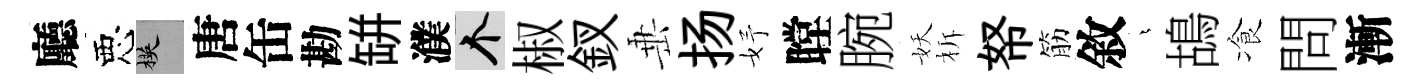
廳惡楧唐缶勘缾濮个椒釵𡸁扬妤瞠腕妖柝帑筋敘燁鴣飡問漸